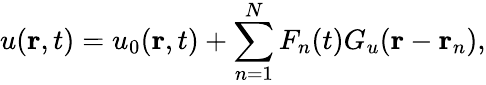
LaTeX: u(\mathbf{r},t)=u_{0}(\mathbf{r},t)+\sum_{n=1}^{N}F_{n}(t)G_{u}(\mathbf{r}-\mathbf{r}_{n}),